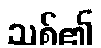
သစ်၏